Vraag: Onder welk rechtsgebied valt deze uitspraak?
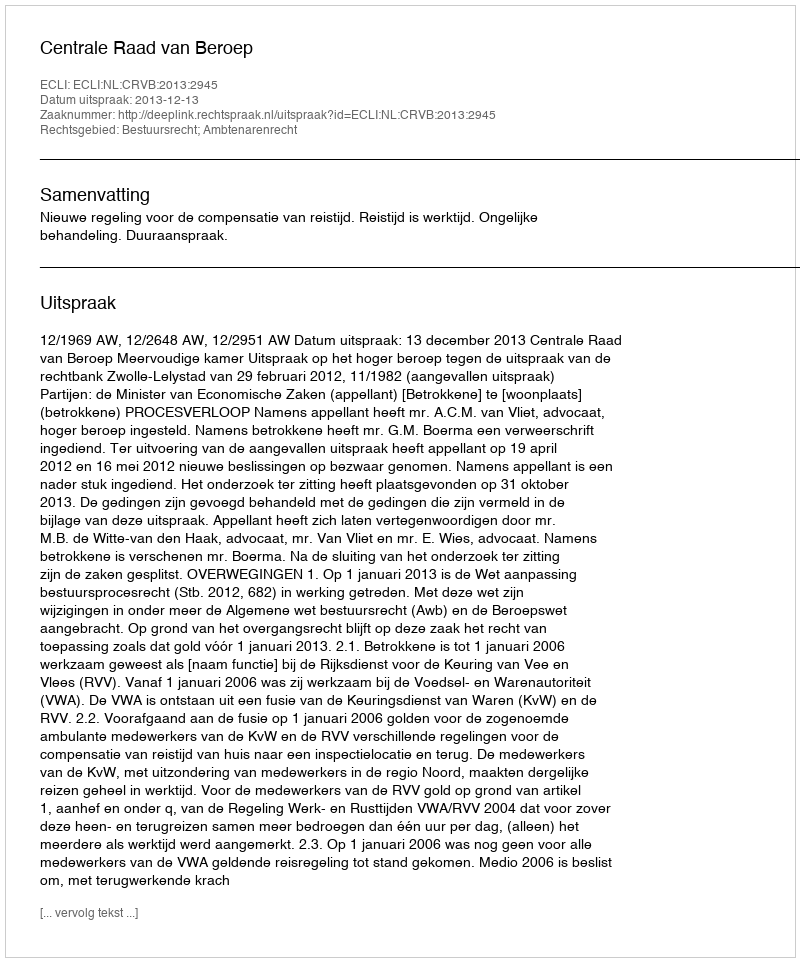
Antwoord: Bestuursrecht; Ambtenarenrecht